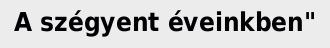
A szégyent éveinkben"